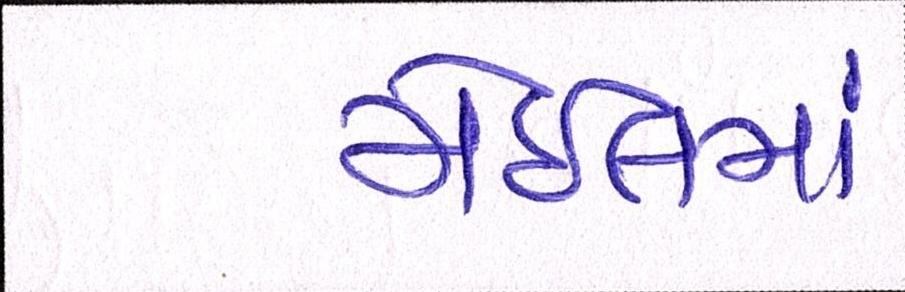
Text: મેઇલમાં